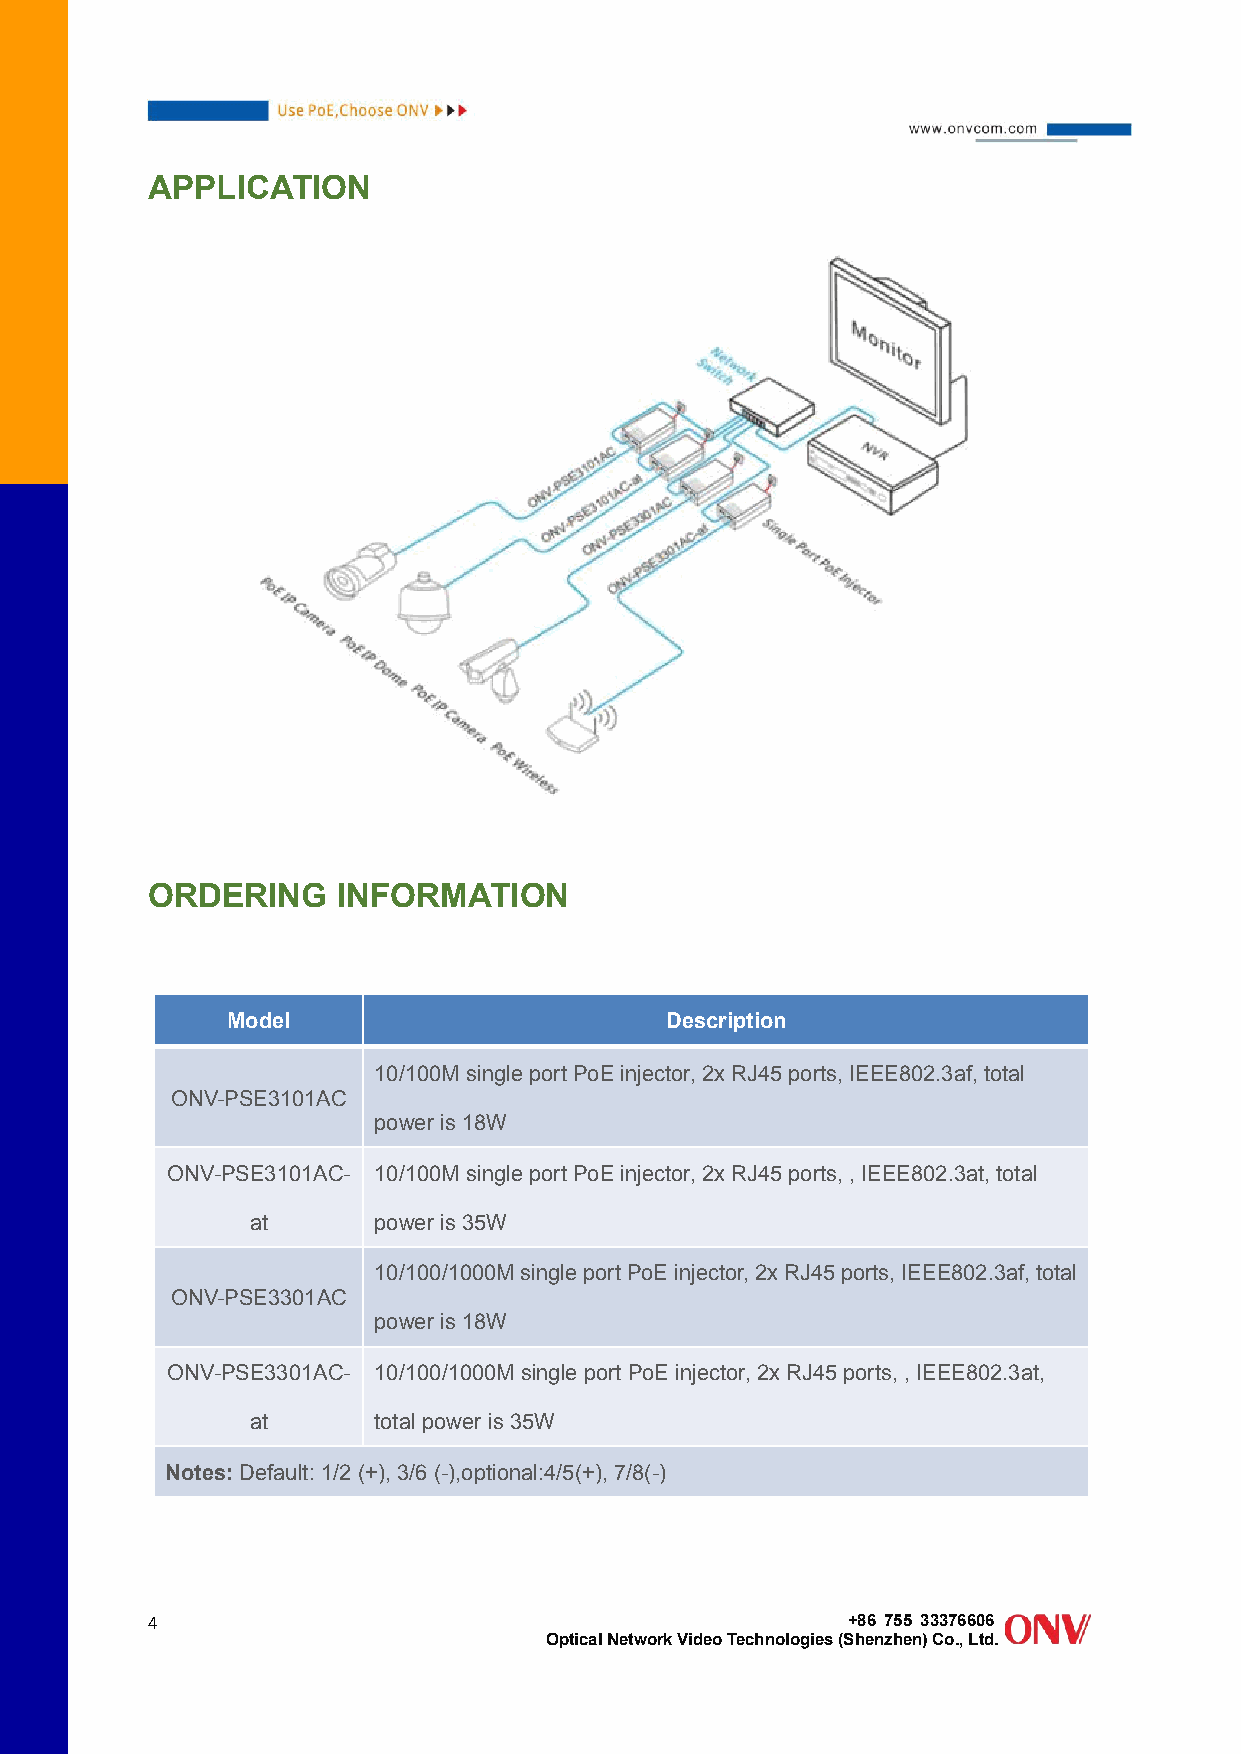
APPLICATION
 ORDERING    INFORMATION
 Model                        Description
 10/100M single portPoE injector,2xRJ45 ports,IEEE802.3af,total
 ONV-PSE3101AC
 power is18W
 ONV-PSE3101AC- 10/100M single portPoE injector,2xRJ45 ports,,IEEE802.3at,total
 at      power is35W
 10/100/1000MsingleportPoEinjector,2xRJ45ports,IEEE802.3af,total
 ONV-PSE3301AC
 power is18W
 ONV-PSE3301AC- 10/100/1000Msingle portPoE injector,2xRJ45 ports,,IEEE802.3at,
 at      total power is35W
 Notes:Default:1/2 (+),3/6 (-),optional:4/5(+),7/8(-)
 4                                             +86 755 33376606
 OpticalNetworkVideoTechnologies(Shenzhen)Co.,Ltd.